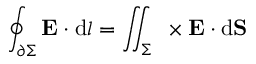
\oint _ { \partial \Sigma } \mathbf { E } \cdot \mathrm { d } { \boldsymbol { l } } = \iint _ { \Sigma } \mathbf { \nabla } \times \mathbf { E } \cdot \mathrm { d } \mathbf { S }